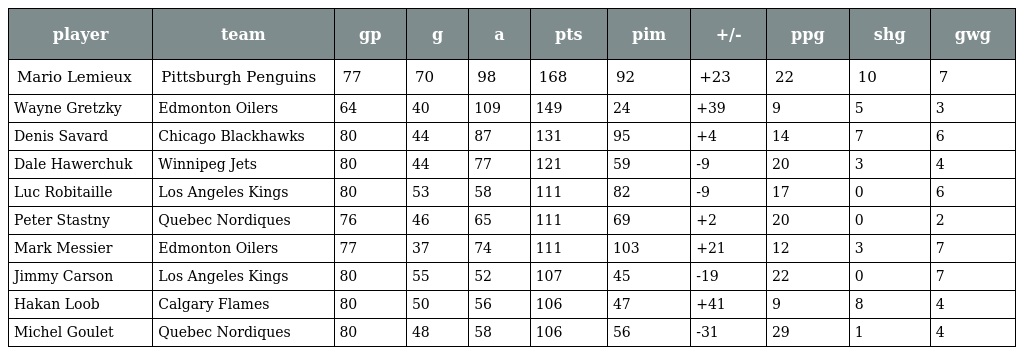
| player | team | gp | g | a | pts | pim | +/- | ppg | shg | gwg |
 | --- | --- | --- | --- | --- | --- | --- | --- | --- | --- | --- |
 | Mario Lemieux | Pittsburgh Penguins | 77 | 70 | 98 | 168 | 92 | +23 | 22 | 10 | 7 |
 | Wayne Gretzky | Edmonton Oilers | 64 | 40 | 109 | 149 | 24 | +39 | 9 | 5 | 3 |
 | Denis Savard | Chicago Blackhawks | 80 | 44 | 87 | 131 | 95 | +4 | 14 | 7 | 6 |
 | Dale Hawerchuk | Winnipeg Jets | 80 | 44 | 77 | 121 | 59 | -9 | 20 | 3 | 4 |
 | Luc Robitaille | Los Angeles Kings | 80 | 53 | 58 | 111 | 82 | -9 | 17 | 0 | 6 |
 | Peter Stastny | Quebec Nordiques | 76 | 46 | 65 | 111 | 69 | +2 | 20 | 0 | 2 |
 | Mark Messier | Edmonton Oilers | 77 | 37 | 74 | 111 | 103 | +21 | 12 | 3 | 7 |
 | Jimmy Carson | Los Angeles Kings | 80 | 55 | 52 | 107 | 45 | -19 | 22 | 0 | 7 |
 | Hakan Loob | Calgary Flames | 80 | 50 | 56 | 106 | 47 | +41 | 9 | 8 | 4 |
 | Michel Goulet | Quebec Nordiques | 80 | 48 | 58 | 106 | 56 | -31 | 29 | 1 | 4 |